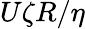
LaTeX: U\zeta R/\eta